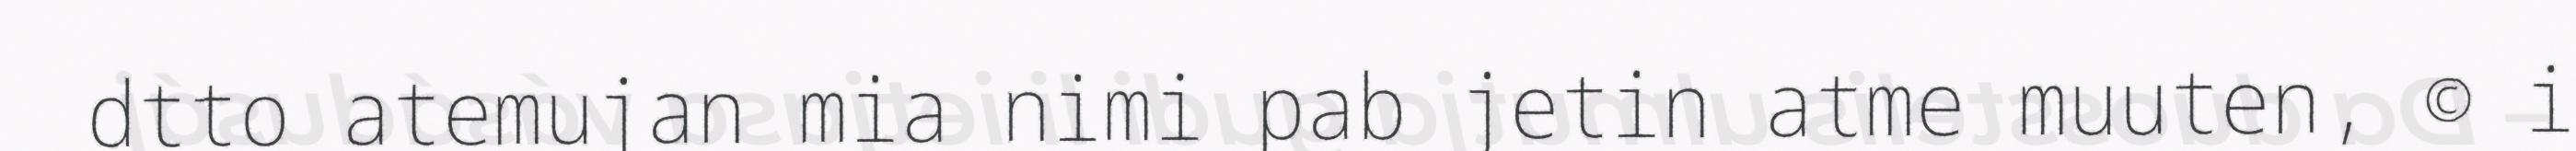
dtto atemujan mia nimi pab jetin atme muuten, © i